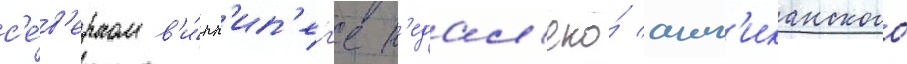
с'е́в'ерном в'и́нн'ип'ег'е н'едал'еко́ англ'иканского